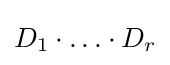
D_{1}\cdot {\dots }\cdot D_{r}